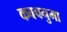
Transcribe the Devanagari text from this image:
कवचनुमा